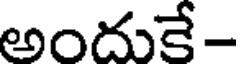
అందుకే-